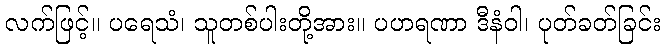
လက်ဖြင့်။ ပရေသံ၊ သူတစ်ပါးတို့အား။ ပဟရဏာ ဒီနံဝါ၊ ပုတ်ခတ်ခြင်း